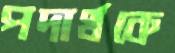
পদার্থকে